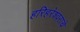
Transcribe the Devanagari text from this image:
हरिहरेश्वराचे